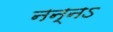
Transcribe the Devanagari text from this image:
नन्नऽ